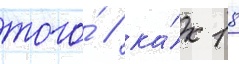
того́ / ка́к 18